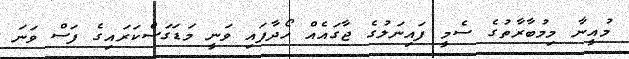
މުއީނާ މިމުބާރާތުގެ ސެމީ ފައިނަލުގެ ޖާގައެއް ހޯދާފައި ވަނީ މަޑަގަސްކަރައިގެ ފަސް ވަނަ